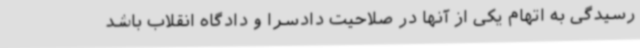
رسیدگی به اتهام یکی از آنها در صلاحیت دادسرا و دادگاه انقلاب باشد